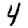
Digit: 4